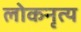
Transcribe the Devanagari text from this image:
लोकनृत्‍य